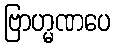
ဗြာဟ္မဏပေ